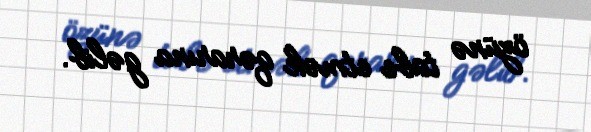
özünə tabe etmək qərarına gəlib.